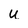
Character: U